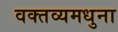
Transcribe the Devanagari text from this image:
वक्तव्यमधुना